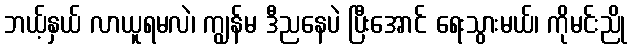
ဘယ့်နှယ် လာယူရမလဲ၊ ကျွန်မ ဒီညနေပဲ ပြီးအောင် ရေးသွားမယ်၊ ကိုမင်းညို